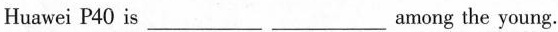
Huawei P40 is___ ___among the young.